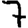
Digit: 7